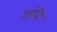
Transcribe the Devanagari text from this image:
शृध्दि